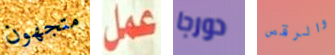
متجهون عمل دورجا والرقص